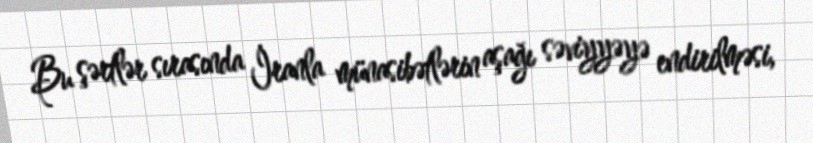
Bu şərtlər sırasında İranla münasibətlərin aşağı səviyyəyə endirilməsi,